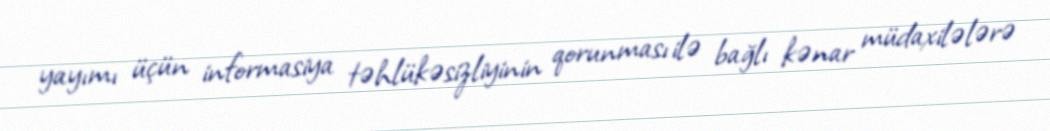
yayımı üçün informasiya təhlükəsizliyinin qorunması ilə bağlı kənar müdaxilələrə